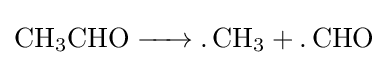
{\ce {CH3CHO -> .CH3 + .CHO}}